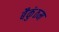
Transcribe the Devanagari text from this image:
बैकुंठम